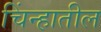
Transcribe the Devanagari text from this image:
चिंन्हातील